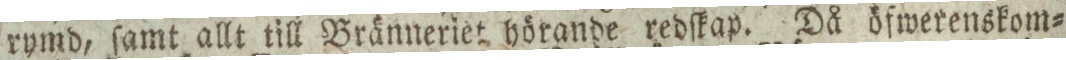
rymd, ſamt allt till Bränneriet hörande redſkap. Då öfwerenskom=